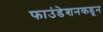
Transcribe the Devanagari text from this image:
फाउंडेशनकडून